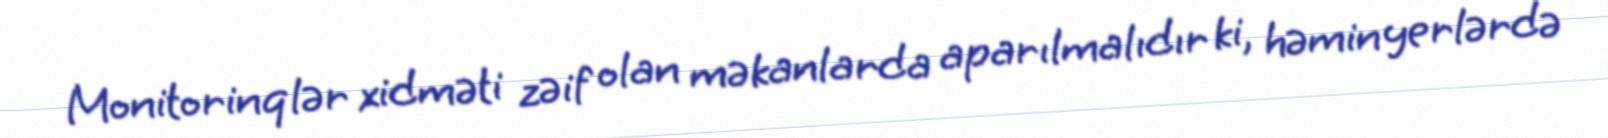
Monitorinqlər xidməti zəif olan məkanlarda aparılmalıdır ki, həmin yerlərdə